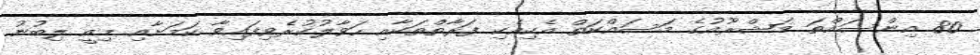
80 އިންސައްތަ މަޝްރޫއުގެ މަސައްކަތް އެކިއެކި ފަރާތްތަކާއި ހަވާލުކުރެވިފައިވާ ކަމަށާއި މިއީ ލިބުނު